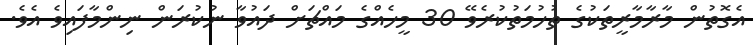
އެގޮތުން މާރާމާރީތަކުގެ ތުހުމަތުކުރެވޭ 30 މީހެއްގެ މައްޗަށް ދައުވާ ނުކުރަން ނިންމާފައިވެ އެވެ.